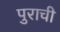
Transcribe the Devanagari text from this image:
पुराची